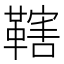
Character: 𱁼